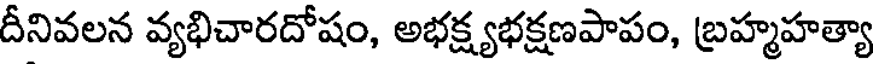
దీనివలన వ్యభిచారదోషం, అభక్ష్యభక్షణపాపం, బ్రహ్మహత్యా